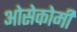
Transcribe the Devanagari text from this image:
ओसेकोमी